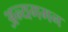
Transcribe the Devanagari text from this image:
अन्यगमन